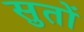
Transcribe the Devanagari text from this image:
सुतों